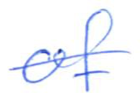
Text: of
Cross-out: single-line
Writing tool: ballpoint